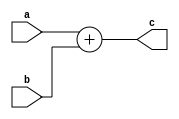
module somador ( input [3:0] a, b,

				output [4:0] c);
				
assign c = a + b;

endmodule